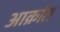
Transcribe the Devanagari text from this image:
अाक्रांत